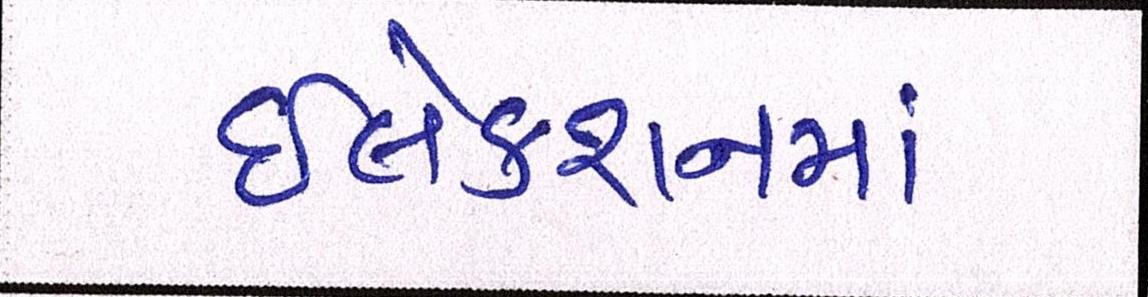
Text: ઇલેક્શનમાં